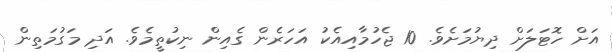
އަށް ހޮޓަލަށް ދިޔުމަށެވެ. 10 ޖެހުމާއިއެކު އަހަރެން ގެއިން ނިކުތީމެވެ. އަދި މަގުމަތިން